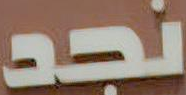
نجد